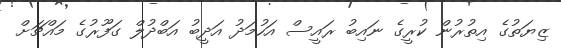
ޒިޔަތުގެ އިތުރުން ކުރީގެ ނައިބު ރައީސް އަހުމަދު އަދީބު އަބްދުލް ގަފޫރުގެ މައްޗަށް